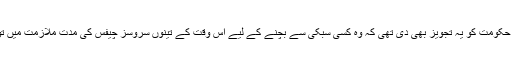
انہوں نے تو حکومت کو یہ تجویز بھی دی تھی کہ وہ کسی سبکی سے بچنے کے لیے اس وقت کے تینوں سروسز چیفس کی مدتِ ملازمت میں توسیع کردے۔